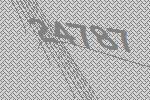
24787